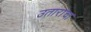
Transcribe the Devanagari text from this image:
उतारांचा